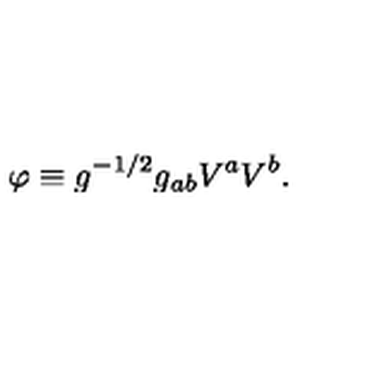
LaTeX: \varphi \equiv g ^ { - 1 / 2 } g _ { a b } V ^ { a } V ^ { b } .